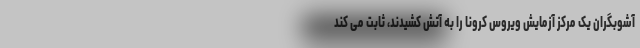
آشوبگران یک مرکز آزمایش ویروس کرونا را به آتش کشیدند، ثابت می کند